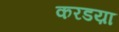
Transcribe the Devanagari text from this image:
करडय़ा